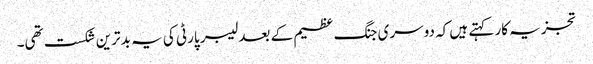
تجزیہ کار کہتے ہیں کہ دوسری جنگ عظیم کے بعد لیبر پارٹی کی یہ بدترین شکست تھی۔